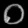
Digit: ၀